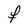
Character: F